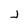
Character: j